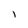
Character: l